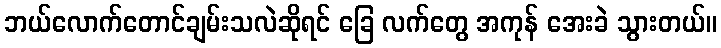
ဘယ်လောက်တောင်ချမ်းသလဲဆိုရင် ခြေ လက်တွေ အကုန် အေးခဲ သွားတယ်။